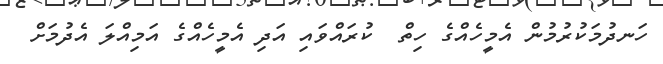
ހަނދުމަކުރުމުން އެމީހެއްގެ ހިތް  ކުރައްވައި އަދި އެމީހެއްގެ އަމިއްލަ އެދުމަށް